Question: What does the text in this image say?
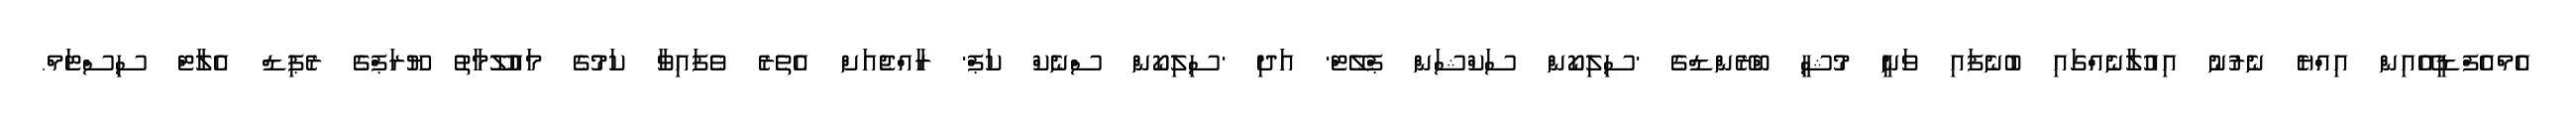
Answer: އެމްއެފްޑީއޭއިން އިއްޔެ ނެރުނު އިއުލާނެއްގައި ބުނެފައި ވަނީ މުޝީ ބްރޭންޑްގެ 'ސިލިކޯން ސަކްޝަން ޕްލޭޓް' އަދި 'ސިލިކޯން ސްނެކް ކަޕް' ރާއްޖެއަށް އެތެރެ ވެފައިވާ ކަމުގެ މައުލޫމާތު ޔޫރަޕްގެ ރެޕިޑް އެލާޓް ސިސްޓަމް.